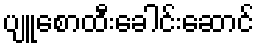
ပျူစောထီးခေါင်းဆောင်